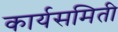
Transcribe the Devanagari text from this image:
कार्यसमिती